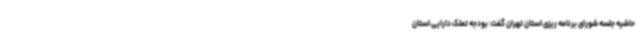
حاشیه جلسه شورای برنامه ریزی استان تهران گفت: بودجه تملک دارایی استان